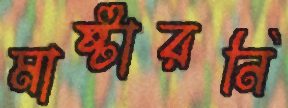
মাষ্টারনি